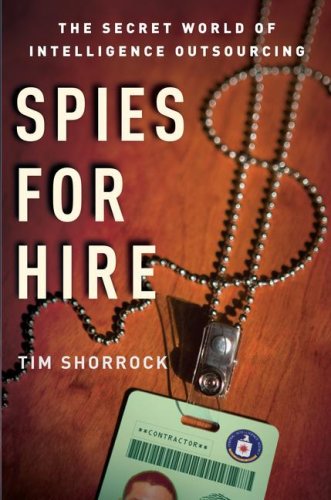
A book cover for Spies for Hire: The Secret World of Intelligence Outsourcing; Tim Shorrock; Law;